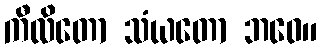
ကီလိတော သံယတော ဘဝေ။